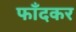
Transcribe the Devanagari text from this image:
फाँदकर